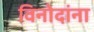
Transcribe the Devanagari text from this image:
विनोदांना